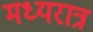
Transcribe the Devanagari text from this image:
मध्यरात्र